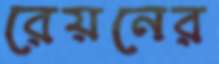
রেয়নের